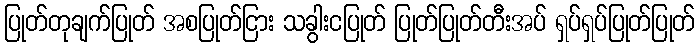
ပြုတ်တုချက်ပြုတ် အစပြုတ်ငြား သခွါးငပြုတ် ပြုတ်ပြုတ်တီးအပ် ရှပ်ရှပ်ပြုတ်ပြုတ်